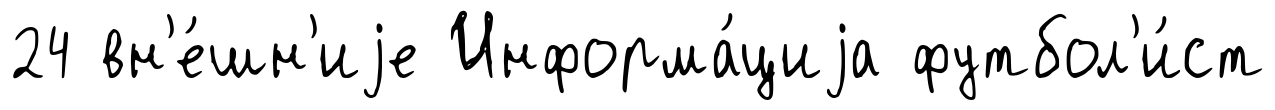
24 вн'е́шн'иjе Информа́циjа футбол'и́ст